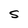
Character: S